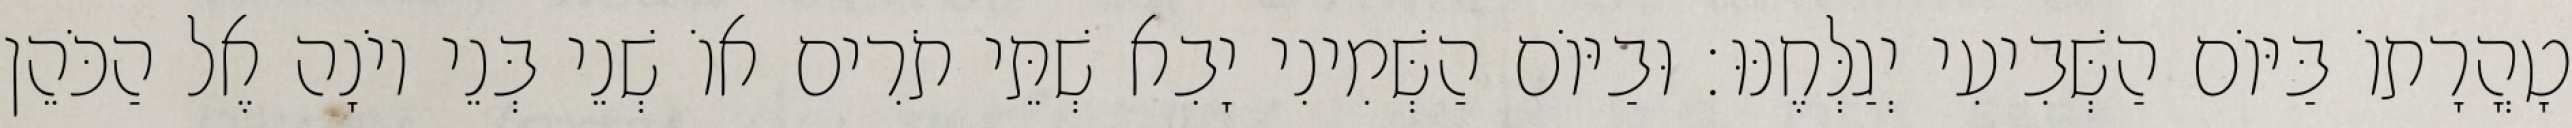
טָהֳרָתוֹ בַּיּוֹם הַשְּׁבִיעִי יְגַלְּחֶנּוּ׃ וּבַיּוֹם הַשְּׁמִינִי יָבִא שְׁתֵּי תֹרִים אוֹ שְׁנֵי בְּנֵי יוֹנָה אֶל הַכֹּהֵן